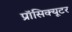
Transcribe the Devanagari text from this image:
प्रॉसिक्यूटर